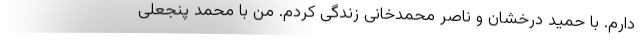
دارم. با حمید درخشان و ناصر محمدخانی زندگی کردم. من با محمد پنجعلی